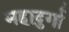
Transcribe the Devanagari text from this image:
महादुर्गा